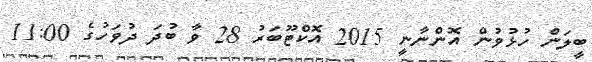
ބީލަން ހުޅުވުން އޮންނާނީ 2015 އޮކްޓޫބަރު 28 ވާ ބުދަ ދުވަހުގެ 11:00